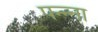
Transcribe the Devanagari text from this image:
पन्‍न्‍ना